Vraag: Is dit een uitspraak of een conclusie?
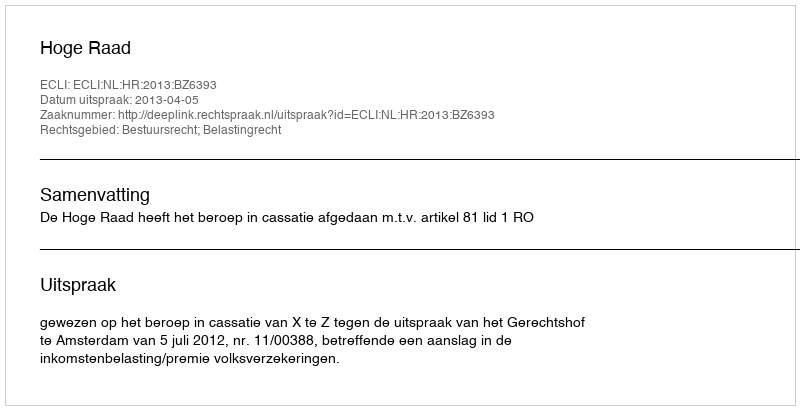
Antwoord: Uitspraak